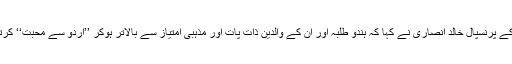
مدرسہ کے پرنسپال خالد انصاری نے کہا کہ ہندو طلبہ اور ان کے والدین ذات پات اور مذہبی امتیاز سے بالاتر ہوکر ’’اردو سے محبت‘‘ کرتے ہیں ۔